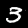
Digit: 3